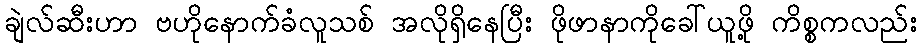
ချဲလ်ဆီးဟာ ဗဟိုနောက်ခံလူသစ် အလိုရှိနေပြီး ဖိုဖာနာကိုခေါ်ယူဖို့ ကိစ္စကလည်း